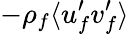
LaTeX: -\rho_{f}\langle u_{f}^{\prime}v_{f}^{\prime}\rangle